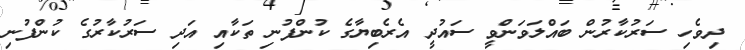
ދިވެހި ސަރުކާރުން ބައްލަވަންވީ ސައުދީ އެެރެބިޔާގެ ކުންފުނި ތަކާއި އަދި ސަރުކާރުގެ ކުންފުނި